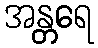
အန္တရေ